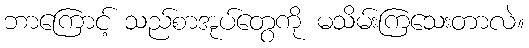
ဘာကြောင့် သည်စာအုပ်တွေကို မသိမ်းကြသေးတာလဲ။